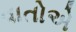
વાતોએ